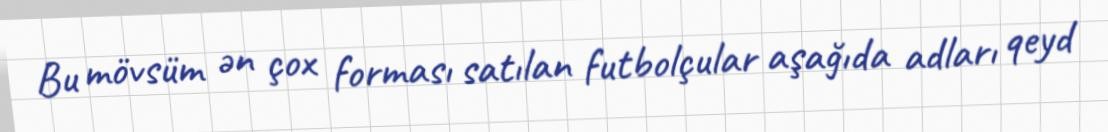
Bu mövsüm ən çox forması satılan futbolçular aşağıda adları qeyd